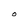
Character: O